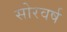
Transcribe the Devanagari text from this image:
सोरवर्ष